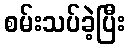
စမ်းသပ်ခဲ့ပြီး